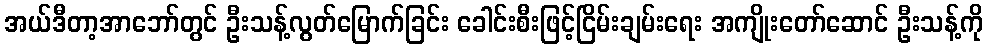
အယ်ဒီတာ့အာဘော်တွင် ဦးသန့်လွတ်မြောက်ခြင်း ခေါင်းစီးဖြင့်ငြိမ်းချမ်းရေး အကျိုးတော်ဆောင် ဦးသန့်ကို